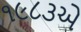
૧૯૮૩એ